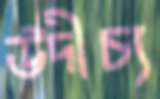
উদীচ্য